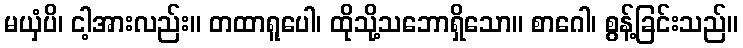
မယှံပိ၊ ငါ့အားလည်း။ တထာရူပေါ၊ ထိုသို့သဘောရှိသော။ စာဂေါ၊ စွန့်ခြင်းသည်။